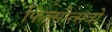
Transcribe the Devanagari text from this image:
फिल्मोत्सवों